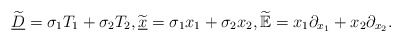
\begin{align*} \widetilde{\underline{D}}=\sigma_1 T_1+\sigma_2 T_2,\widetilde{\underline{x}}=\sigma_1 x_1+\sigma_2 x_2,\widetilde{\mathbb{E}}=x_1 \partial_{x_1}+x_2 \partial_{x_2}.\end{align*}